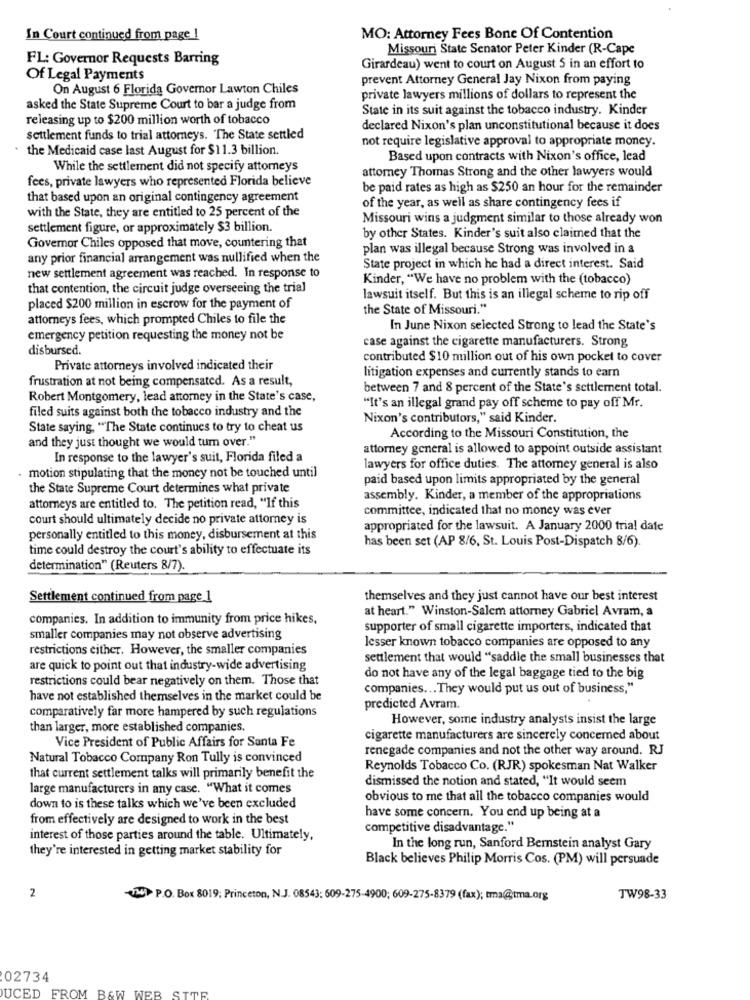
In Court continued from page !
MO: Attorney Fees Bone Of Contention
Missouri State Senator Peter Kinder (R-Cape
FL: Governor Requests Barring
Girardeau) went to court on August 5 in an effort to
Of Legal Payments
prevent Attorney General Jay Nixon from paying
On August 6 Florida Governor Lawton Chiles
private lawyers millions of dollars to represent the
asked the State Supreme Court to bar a judge from
State in its suit against the tobacco industry. Kinder
releasing up to $200 million worth of tobacco
declared Nixon's plan unconstitutional because it does
settlement funds to trial attorneys. The State settled
not require legislative approval to appropriate money.
the Medicaid case last August for $11.3 billion.
Based upon contracts with Nixon's office, lead
While the settlement did not specify attorneys
attorney Thomas Strong and the other lawyers would
fees, private lawyers who represented Florida believe
be paid rates as high as $250 an hour for the remainder
that based upon an original contingency agreement
with the State, they are entitled to 25 percent of the
of the year, as well as share contingency fees if
Missouri wins a judgment similar to those already won
settlement figure, or approximately $3 billion.
by other States. Kinder's suit also claimed that the
Governor Chiles opposed that move, countering that
plan was illegal because Strong was involved in a
any prior financial arrangement was nullified when the
State project in which he had a direct interest. Said
new settlement agreement was reached. In response to
Kinder, "We have no problem with the (tobacco)
that contention, the circuit judge overseeing the trial
lawsuit itself. But this is an illegal scheme to rip off
placed $200 million in escrow for the payment of
the State of Missouri."
attorneys fees, which prompted Chiles to file the
In June Nixon selected Strong to lead the State's
emergency petition requesting the money not be
case against the cigarette manufacturers. Strong
disbursed.
contributed $10 million out of his own pocket to cover
Private attorneys involved indicated their
litigation expenses and currently stands to earn
frustration at not being compensated. As a result,
between 7 and 8 percent of the State's settlement total.
Robert Montgomery, lead attorney in the State's case,
filed suits against both the tobacco industry and the
"It's an illegal grand pay off scheme to pay off Mr.
Nixon's contributors," said Kinder.
State saying. "The State continues to try to cheat us
and they just thought we would tum over."
According to the Missouri Constitution, the
attorney general is allowed to appoint outside assistant
In response to the lawyer's suit, Florida filed a
lawyers for office duties. The attorney general is also
motion stipulating that the money not be touched until
paid based upon limits appropriated by the general
the State Supreme Court determines what private
assembly. Kinder, a member of the appropriations
attorneys are entitled to. The petition read, "If this
committee, indicated that no money was ever
court should ultimately decide no private attorney is
appropriated for the lawsuit. A January 2000 trial date
personally entitled to this money, disbursement at this
has been set (AP 8/6, St. Louis Post-Dispatch 8/6)
time could destroy the court's ability to effectuate its
determination" (Reuters 8/7).
Settlement continued from page 1
themselves and they just cannot have our best interest
at heart." Winston-Salem attorney Gabriel Avram, a
companies. In addition to immunity from price hikes,
supporter of small cigarette importers, indicated that
smaller companies may not observe advertising
lesser known tobacco companies are opposed to any
restrictions either. However, the smaller companies
settlement that would "saddle the small businesses that
are quick to point out that industry-wide advertising
restrictions could bear negatively on them. Those that
do not have any of the legal baggage tied to the big
companies ... They would put us out of business,"
have not established themselves in the market could be
comparatively far more hampered by such regulations
predicted Avram.
However, some industry analysts insist the large
than larger, more established companies.
cigarette manufacturers are sincerely concerned about
Vice President of Public Affairs for Santa Fe
renegade companies and not the other way around. RJ
Natural Tobacco Company Ron Tully is convinced
Reynolds Tobacco Co. (RJR) spokesman Nat Walker
that current settlement talks will primarily benefit the
dismissed the notion and stated, "It would seem
large manufacturers in any case. "What it comes
obvious to me that all the tobacco companies would
down to is these talks which we've been excluded
from effectively are designed to work in the best
have some concern. You end up being at a
competitive disadvantage."
interest of those parties around the table. Ultimately,
they're interested in getting market stability for
In the long run, Sanford Bernstein analyst Gary
Black believes Philip Morris Cos. (PM) will persuade
2
P.O. Box 8019; Princeton, N.J. 08543; 609-275-4900; 609-275-8379 (fax); tma@tma.org
TW98-33
02734
UCED FROM B&W WEB SITE